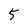
Character: 5